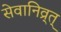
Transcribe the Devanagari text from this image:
सेवानिव्र्त्